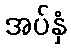
အပ်နှံ